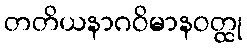
တတိယနာဂဝိမာနဝတ္ထု